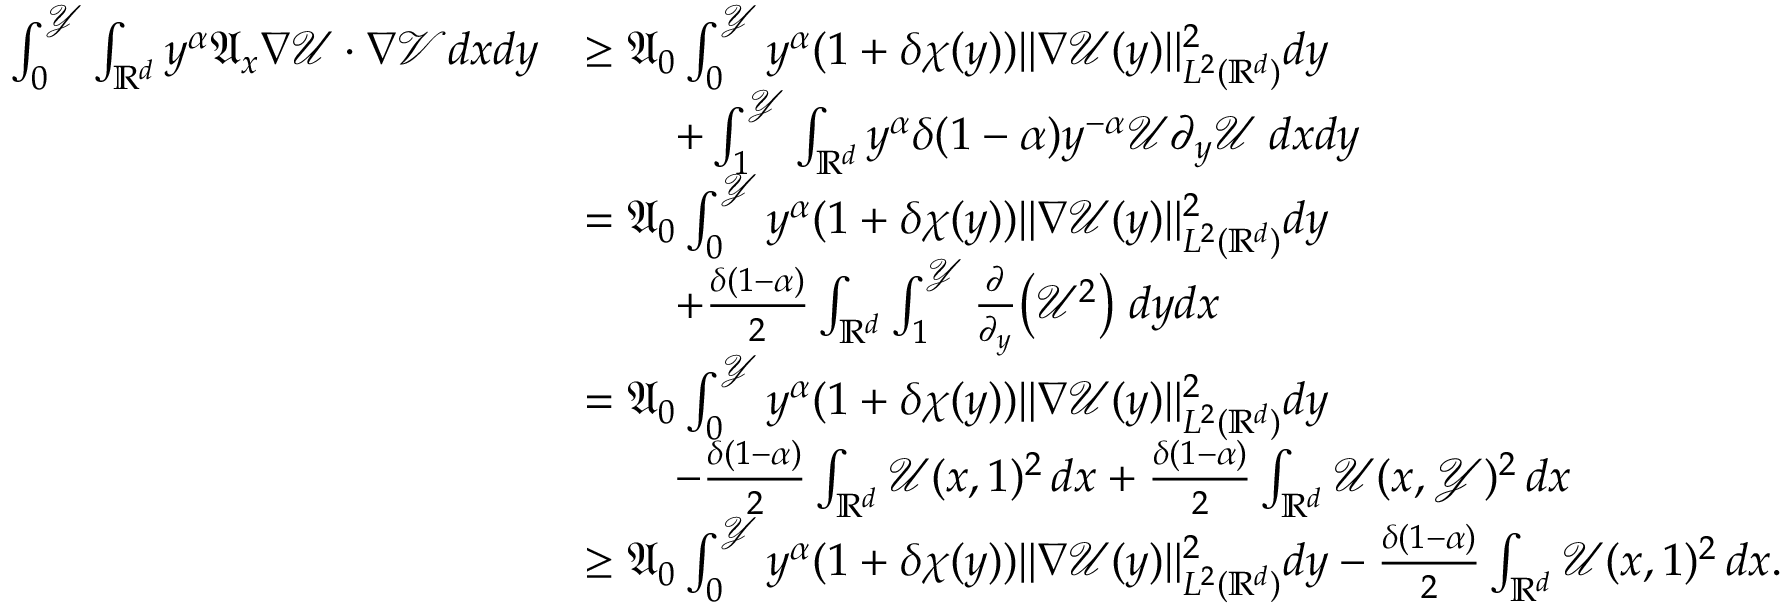
\begin{array} { r l } { \int _ { 0 } ^ { \mathcal { Y } } \int _ { \mathbb { R } ^ { d } } { y ^ { \alpha } \mathfrak { A } _ { x } \nabla \mathcal { U } \cdot \nabla \mathcal { V } d x d y } } & { \geq \mathfrak { A } _ { 0 } \int _ { 0 } ^ { \mathcal { Y } } { y ^ { \alpha } ( 1 + \delta \chi ( y ) ) \| \nabla \mathcal { U } ( y ) \| _ { L ^ { 2 } ( \mathbb { R } ^ { d } ) } ^ { 2 } d y } } \\ & { \qquad + \int _ { 1 } ^ { \mathcal { Y } } \int _ { \mathbb { R } ^ { d } } { y ^ { \alpha } \delta ( 1 - \alpha ) y ^ { - \alpha } \mathcal { U } \partial _ { y } \mathcal { U } \; d x d y } } \\ & { = \mathfrak { A } _ { 0 } \int _ { 0 } ^ { \mathcal { Y } } { y ^ { \alpha } ( 1 + \delta \chi ( y ) ) \| \nabla \mathcal { U } ( y ) \| _ { L ^ { 2 } ( \mathbb { R } ^ { d } ) } ^ { 2 } d y } } \\ & { \qquad + \frac { \delta ( 1 - \alpha ) } { 2 } \int _ { \mathbb { R } ^ { d } } \int _ { 1 } ^ { \mathcal { Y } } { \frac { \partial } { \partial _ { y } } \big ( \mathcal { U } ^ { 2 } \big ) \; d y d x } } \\ & { = \mathfrak { A } _ { 0 } \int _ { 0 } ^ { \mathcal { Y } } { y ^ { \alpha } ( 1 + \delta \chi ( y ) ) \| \nabla \mathcal { U } ( y ) \| _ { L ^ { 2 } ( \mathbb { R } ^ { d } ) } ^ { 2 } d y } } \\ & { \qquad - \frac { \delta ( 1 - \alpha ) } { 2 } \int _ { \mathbb { R } ^ { d } } { \mathcal { U } ( x , 1 ) ^ { 2 } \, d x } + \frac { \delta ( 1 - \alpha ) } { 2 } \int _ { \mathbb { R } ^ { d } } { \mathcal { U } ( x , \mathcal { Y } ) ^ { 2 } \, d x } } \\ & { \geq \mathfrak { A } _ { 0 } \int _ { 0 } ^ { \mathcal { Y } } { y ^ { \alpha } ( 1 + \delta \chi ( y ) ) \| \nabla \mathcal { U } ( y ) \| _ { L ^ { 2 } ( \mathbb { R } ^ { d } ) } ^ { 2 } d y } - \frac { \delta ( 1 - \alpha ) } { 2 } \int _ { \mathbb { R } ^ { d } } { \mathcal { U } ( x , 1 ) ^ { 2 } \, d x } . } \end{array}